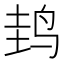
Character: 𱉤